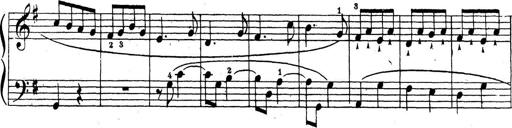
Title: 10 Sonatinas
Composer: Fritz Spindler